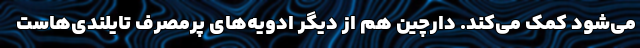
می‌شود کمک می‌کند. دارچین هم از دیگر ادویه‌های پرمصرف تایلندی‌هاست